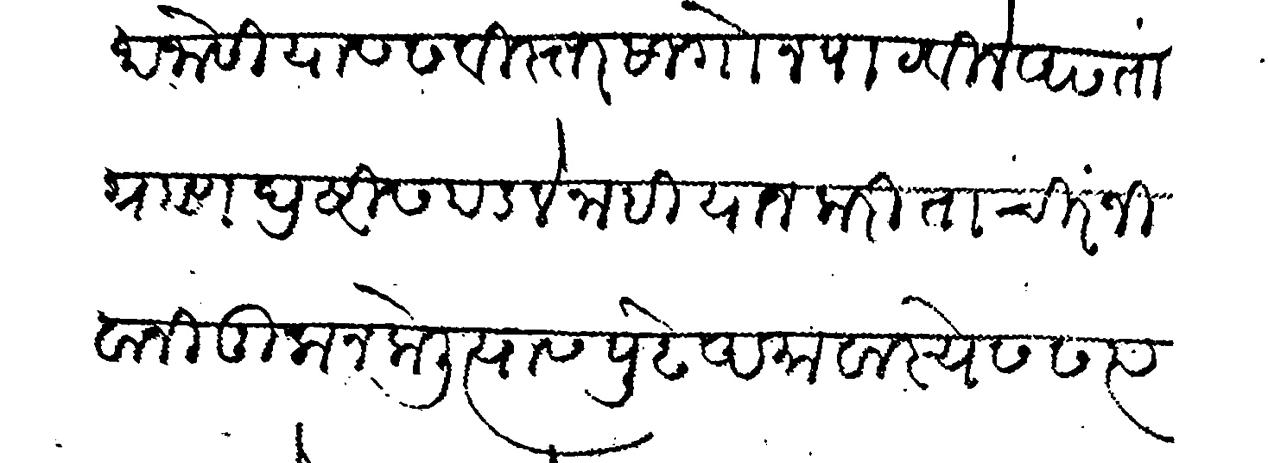
Transliteration (Devanagari): रघुनाथ जोशी यास सविस्तर सागोन पाटविले असतां ग्रहण दृष्टीस पडले नाही याज करीता चिरंजीवानी तुला न केली त्यास पुढे अमावास्येस सत्पग्रही